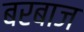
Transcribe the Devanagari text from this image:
बरबाज